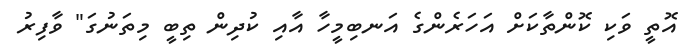
އޮތީ ވަކި ކޮންތާކަށް އަހަރެންގެ އަނބިމީހާ އާއި ކުދިން ތިބީ މިތަނުގަ" ވާފިރު